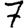
Digit: 7